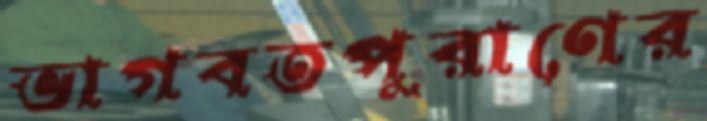
ভাগবতপুরাণের